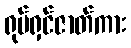
ရုပ်ရှင်ဇာတ်ကား